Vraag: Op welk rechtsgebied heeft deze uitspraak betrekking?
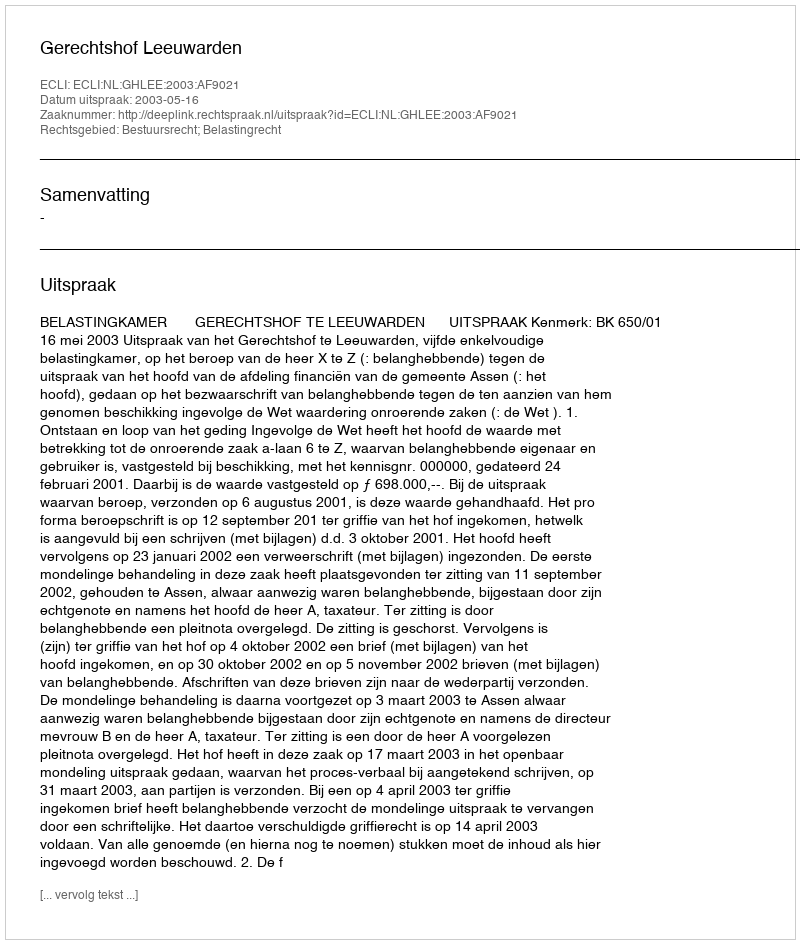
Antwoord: Bestuursrecht; Belastingrecht